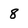
Character: 8